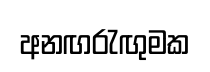
අනඟරැඟුමක